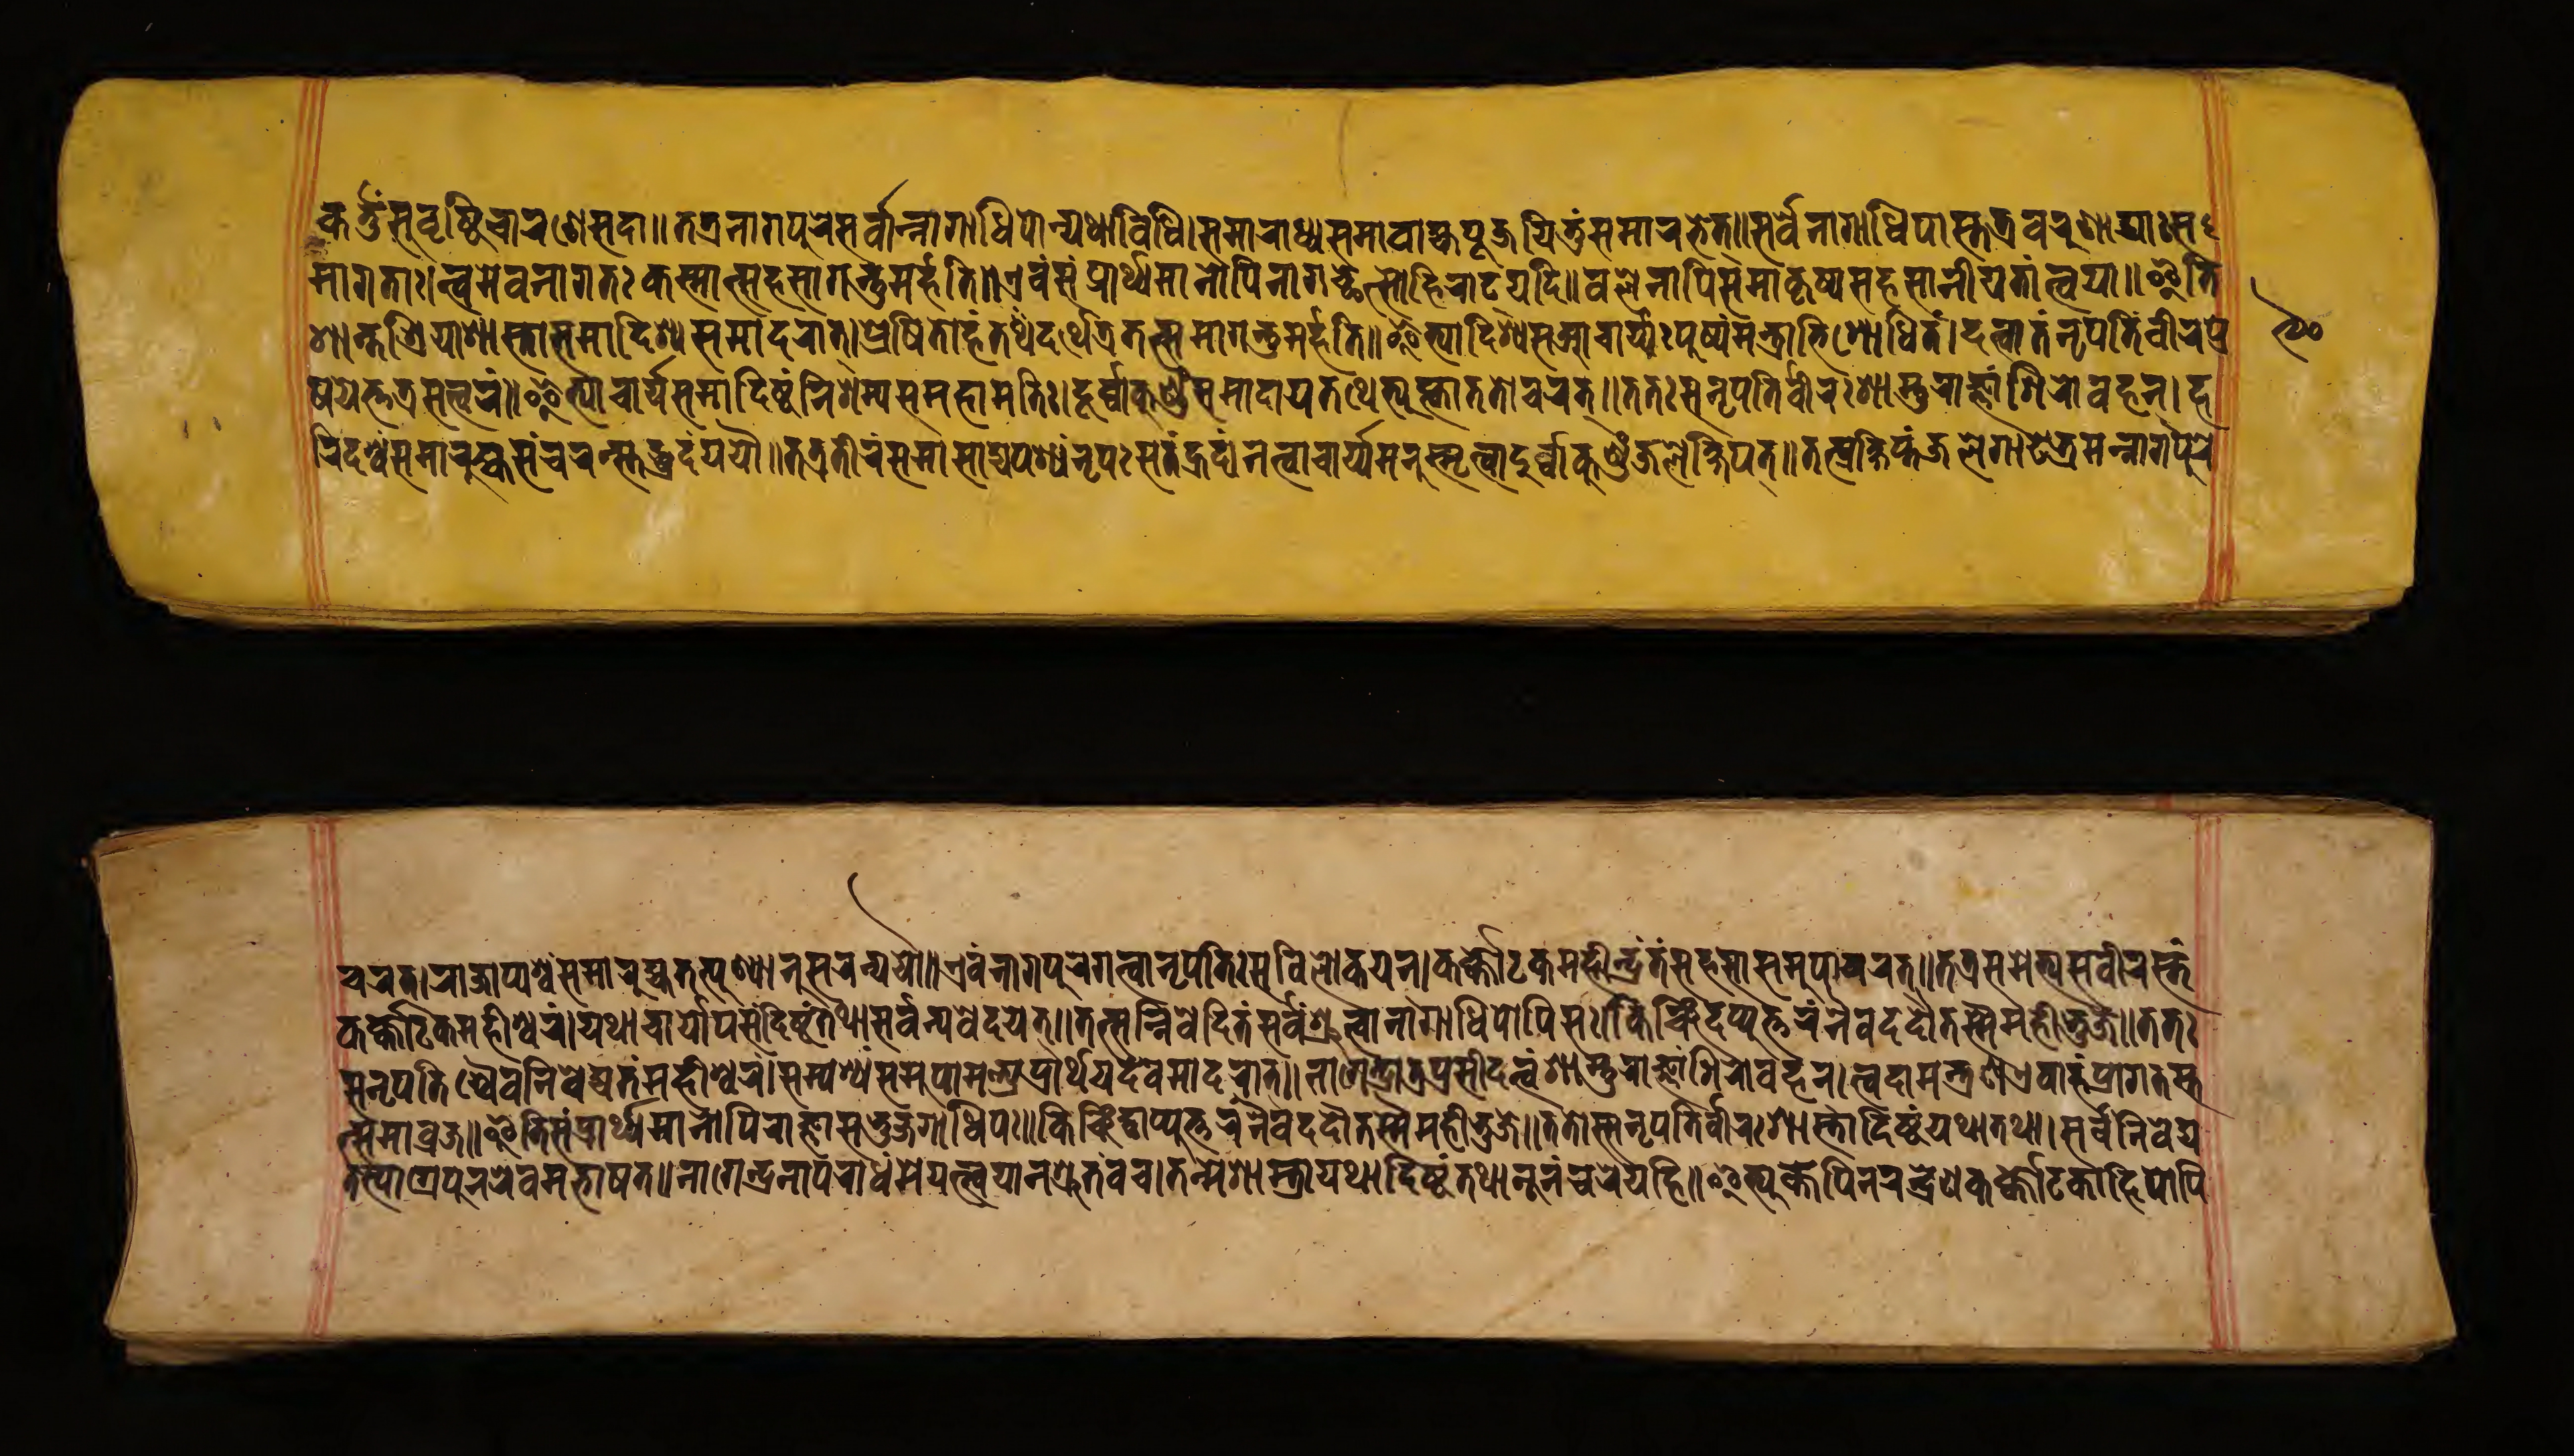
𑐎𑐬𑑂𑐟𑑂𑐟𑐸𑑄𑐳𑐸𑐰𑐺𑐲𑑂𑐚𑐶𑐔𑐵𑐬𑐞𑐾𑐳𑐡𑐵𑑌𑐟𑐟𑑂𑐬𑐣𑐵𑐐𑐥𑐸𑐬𑐾𑐳𑐬𑑂𑐰𑐵𑐣𑑂𑐣𑐵𑐐𑐵𑐢𑐶𑐥𑐵𑐣𑑂𑐫𑐠𑐵𑐰𑐶𑐢𑐶𑑋𑐳𑐩𑐵𑐬𑐵𑐢𑑂𑐫𑐳𑐩𑐵𑐰𑐵𑐴𑑂𑐫𑐥𑐹𑐖𑐫𑐶𑐟𑐸𑑄𑐳𑐩𑐵𑐬𑐨𑐟𑑂𑑌𑐳𑐬𑑂𑐰𑐾𑐣𑐵𑐐𑐵𑐢𑐶𑐥𑐵𑐳𑑂𑐟𑐟𑑂𑐬𑐰𑐬𑐸𑐞𑐵𑐡𑑂𑐫𑐵𑑅𑐳 𑐩𑐵𑐐𑐟𑐵𑑅𑑋𑐟𑑂𑐰𑐩𑐾𑐰𑐣𑐵𑐐𑐟𑑅𑐎𑐳𑑂𑐩𑐵𑐟𑑂𑐳𑐴𑐳𑐵𑐐𑐣𑑂𑐟𑐸𑐩𑐬𑑂𑐴𑐟𑐶𑑌𑐊𑐰𑑄𑐳𑑄𑐥𑑂𑐬𑐵𑐬𑑂𑐠𑑂𑐫𑐩𑐵𑐣𑑀𑐥𑐶𑐣𑐵𑐐𑐕𑐾𑐟𑑂𑐳𑑀𑐴𑐶𑐬𑐵𑐜𑑂𑐫𑐡𑐶𑑋𑐰𑐮𑐾𑐣𑐵𑐥𑐶𑐳𑐩𑐵𑐎𑐺𑐲𑑂𑐫𑐳𑐴𑐳𑐵𑐣𑐷𑐫𑐟𑐵𑑄𑐟𑑂𑐰𑐫𑐵𑑌𑐂𑐟𑐶 𑐱𑐵𑐣𑑂𑐟𑐱𑑂𑐬𑐶𑐫𑐵𑐱𑐵𑐳𑑂𑐟𑐵𑐳𑐩𑐵𑐡𑐶𑐱𑑂𑐫𑐳𑐩𑐵𑐡𑐬𑐵𑐟𑑂𑑋𑐥𑑂𑐬𑐾𑐲𑐶𑐟𑑀𑐴𑑄𑐟𑐡𑐬𑑂𑐠𑐾𑐟𑑂𑐬𑐟𑐟𑑂𑐳𑐩𑐐𑐣𑑂𑐟𑐸𑐩𑐬𑑂𑐴𑐟𑐶𑑌𑐂𑐟𑑂𑐫𑐵𑐡𑐶𑐱𑑂𑐫𑐳𑐁𑐔𑐵𑐬𑑂𑐫𑑅𑐥𑐸𑐲𑑂𑐥𑑄𑐩𑐣𑑂𑐟𑑂𑐬𑐵𑐨𑐶𑐱𑑀𑐢𑐶𑐟𑑄𑑋𑐡𑐟𑑂𑐰𑐵𑐟𑑄𑐣𑐺𑐥𑐟𑐶𑑄𑐰𑐷𑐬𑐥𑑂𑐬 𑐲𑐫𑐟𑑂𑐟𑐟𑑂𑐬𑐳𑐟𑑂𑐰𑐬𑑄𑑌𑐂𑐟𑑂𑐫𑐵𑐔𑐵𑐬𑑂𑐫𑐳𑐩𑐵𑐡𑐶𑐲𑑂𑐚𑑄𑐣𑐶𑐱𑐩𑑂𑐫𑐳𑐩𑐴𑐵𑐩𑐟𑐶𑑅𑑋𑐡𑐸𑐬𑑂𑐰𑐵𑐩𑐸𑐞𑑂𑐜𑑄𑐳𑐩𑐵𑐡𑐵𑐫𑐟𑐠𑐾𑐟𑑂𑐫𑐸𑐎𑑂𑐟𑑂𑐰𑐵𑐟𑐟𑑀𑐔𑐬𑐟𑑂𑑌𑐟𑐟𑑅𑐳𑐣𑐺𑐥𑐟𑐶𑐬𑑂𑐰𑐷𑐬𑑅𑐱𑐵𑐳𑑂𑐟𑐸𑐬𑐵𑐖𑑂𑐘𑐵𑑄𑐱𑐶𑐬𑐵𑐰𑐴𑐣𑑂𑑋𑐴 𑐬𑐶𑐡𑐱𑑂𑐰𑑄𑐳𑐩𑐵𑐬𑐸𑐴𑑂𑐫𑐳𑑄𑐔𑐬𑐣𑑂𑐳𑑂𑐟𑐢𑐡𑑄𑐫𑐫𑑁𑑌𑐟𑐟𑑂𑐬𑐟𑐷𑐬𑑄𑐳𑐩𑐵𑐳𑐵𑐡𑑂𑐫𑐥𑐱𑑂𑐫𑑄𑐣𑐺𑐥𑑅𑐳𑐟𑑄𑐴𑐡𑑄𑑋𑐣𑐟𑑂𑐰𑐵𑐔𑐵𑐬𑑂𑐫𑐩𑐣𑐸𑐳𑑂𑐩𑐺𑐟𑑂𑐰𑐵𑐡𑐸𑐬𑑂𑐰𑑂𑐰𑐵𑐎𑐸𑐞𑑂𑐜𑑄𑐖𑐮𑐾𑐎𑑂𑐲𑐶𑐥𑐟𑑂𑑌𑐟𑐣𑑂𑐥𑑂𑐬𑐎𑑂𑐲𑐶𑐥𑑂𑐟𑑄𑐖𑐮𑐾𑐐𑐵𑐝𑐾𑐨𑑂𑐬𑐩𑐣𑑂𑐣𑐵𑐐𑐥𑐸𑐬𑐾 𑐔𑐬𑐟𑑂𑑋𑐬𑐵𑐖𑐵𑐥𑑂𑐫𑐱𑑂𑐰𑑄𑐳𑐩𑐵𑐬𑐸𑐴𑑂𑐫𑐟𑐟𑑂𑐥𑐸𑐲𑑂𑐥𑐵𑐣𑐸𑐳𑐬𑐣𑑂𑐫𑐫𑑁𑑌𑐊𑐰𑑄𑐣𑐵𑐐𑐥𑐸𑐬𑐾𑐐𑐟𑑂𑐰𑐵𑐣𑐺𑐥𑐟𑐶𑑅𑐳𑐰𑐶𑐮𑑀𑐎𑐫𑐣𑑂𑑋𑐎𑐬𑑂𑐎𑑀𑐚𑐎𑐩𑐴𑐷𑐣𑑂𑐡𑑂𑐬𑑄𑐟𑑄𑐳𑐴𑐳𑐵𑐳𑐩𑐸𑐥𑐵𑐔𑐬𑐟𑑂𑑌𑐟𑐟𑑂𑐬𑐳𑐩𑐾𑐟𑑂𑐫𑐳𑐰𑐷𑐬𑐳𑑂𑐟𑑄 𑐎𑐬𑑂𑐎𑑀𑐚𑐎𑐩𑐴𑐷𑐱𑑂𑐰𑐬𑑄𑑋𑐫𑐠𑐵𑐔𑐵𑐬𑑂𑐫𑐵𑐫𑐳𑑄𑐡𑐶𑐥𑑂𑐚𑑄𑐟𑐠𑐵𑐳𑐬𑑂𑐰𑑄𑐣𑑂𑐫𑐰𑐾𑐡𑐫𑐟𑑂𑑌𑐟𑐟𑑂𑐳𑐣𑑂𑐣𑐶𑐰𑐾𑐡𑐶𑐟𑑄𑐳𑐬𑑂𑐰𑐱𑑂𑐬𑐸𑐟𑑂𑐰𑐵𑐣𑐵𑐐𑐵𑐢𑐶𑐥𑐵𑐥𑐶𑐳𑑅𑑋𑐎𑐶𑐘𑑂𑐔𑐶𑐡𑐥𑑂𑐫𑐸𑐟𑑂𑐟𑐬𑑄𑐣𑐿𑐰𑐡𑐡𑑁𑐟𑐳𑑂𑐩𑐿𑐩𑐴𑐷𑐨𑐸𑐖𑐾𑑌𑐟𑐟𑑅 𑐳𑐣𑐺𑐥𑐟𑐶𑐱𑑂𑐔𑐿𑐰𑑄𑐣𑐶𑐰𑐾𑐡𑑂𑐫𑐟𑑄𑐩𑐴𑐷𑐱𑑂𑐰𑐬𑑄𑑋𑐳𑑄𑐥𑐱𑑂𑐫𑐣𑑂𑐳𑐩𑐸𑐥𑐵𑐩𑐣𑑂𑐟𑑂𑐬𑐫𑐥𑑂𑐬𑐵𑐬𑑂𑐠𑐫𑐡𑐩𑐵𑐡𑐬𑐵𑐟𑑂𑑌𑐣𑐵𑐐𑐾𑐣𑑂𑐡𑑂𑐬𑑀𑐟𑑂𑐬𑐥𑑂𑐬𑐳𑐷𑐡𑐟𑑂𑐰𑑄𑐱𑐵𑐳𑑂𑐟𑐸𑐬𑐵𑐖𑑂𑐘𑐵𑑄𑐱𑐶𑐬𑑀𑐰𑐴𑑄𑑋𑐟𑑂𑐰𑐡𑐵𑐩𑐣𑑂𑐟𑑂𑐬𑐣𑐊𑐰𑐵𑐴𑑄𑐥𑑂𑐬𑐵𑐐𑐟𑐳𑑂𑐟 𑐟𑑂𑐳𑐩𑐵𑐰𑑂𑐬𑐖𑑌𑐂𑐟𑐶𑐳𑑄𑐥𑑂𑐬𑐵𑐬𑑂𑐠𑑂𑐫𑐩𑐵𑐣𑑀𑐥𑐶𑐬𑐵𑐖𑐵𑐳𑐨𑐸𑐖𑐐𑐵𑐢𑐶𑐥𑑅𑑋𑐎𑐶𑐘𑑂𑐔𑐶𑐟𑑂𑐥𑑂𑐬𑐵𑐥𑑂𑐫𑐸𑐟𑑂𑐟𑐬𑑄𑐣𑐿𑐰𑐡𑐡𑑁𑐟𑐳𑑂𑐩𑐿𑐩𑐴𑐷𑐨𑐸𑐖𑐾𑑌𑐟𑐟𑑀𑐳𑑁𑐣𑐺𑐥𑐟𑐶𑐰𑐷𑐬𑑅𑐱𑐵𑐳𑑂𑐟𑑂𑐬𑐵𑐡𑐶𑐲𑑂𑐚𑑄𑐫𑐠𑐵𑐟𑐠𑐵𑑋𑐳𑐬𑑂𑐰𑐣𑐶𑐰𑐾𑐡𑑂𑐫 𑐟𑐳𑑂𑐫𑐵𑐐𑑂𑐬𑐾𑐥𑐸𑐣𑐬𑐾𑐰𑐩𑐨𑐵𑐲𑐟𑑌𑐣𑐵𑐐𑐾𑐣𑑂𑐡𑑂𑐬𑐣𑐵𑐥𑐬𑐵𑐢𑑄𑐩𑐾𑐫𑐟𑑂𑐟𑑂𑐰𑐫𑐵𑐣𑐱𑑂𑐬𑐸𑐟𑑄𑐰𑐔𑑅𑑋𑐟𑐣𑑂𑐩𑐾𑐱𑐵𑐳𑑂𑐟𑑂𑐬𑐵𑐫𑐠𑐵𑐡𑐶𑐲𑑂𑐚𑑄𑐟𑐠𑐵𑐣𑐹𑐣𑑄𑐔𑐬𑐾𑐫𑐴𑐶𑑌𑐂𑐟𑑂𑐫𑐸𑐎𑑂𑐟𑐾𑐥𑐶𑐣𑐬𑐾𑐣𑑂𑐡𑑂𑐬𑐾𑐞𑐎𑐬𑑂𑐎𑑀𑐚𑐎𑑀𑐴𑐶𑐫𑑀𑐥𑐶 𑑙𑑐